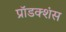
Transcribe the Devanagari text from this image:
प्रॉडक्शंस